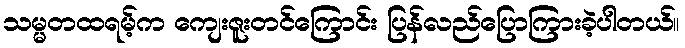
သမ္မတထရမ့်က ကျေးဇူးတင်ကြောင်း ပြန်လည်ပြောကြားခဲ့ပါတယ်။